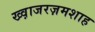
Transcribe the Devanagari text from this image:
ख्व़ाजरज़मशाह